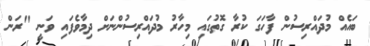
ބައެއް މުދައްރިސުން ފާހަގަ ކުރާ ގޮތުގައި މިހާރު މުދައްރިސުންނަށް ދިމާވެފައި ވަނީ "ރަން